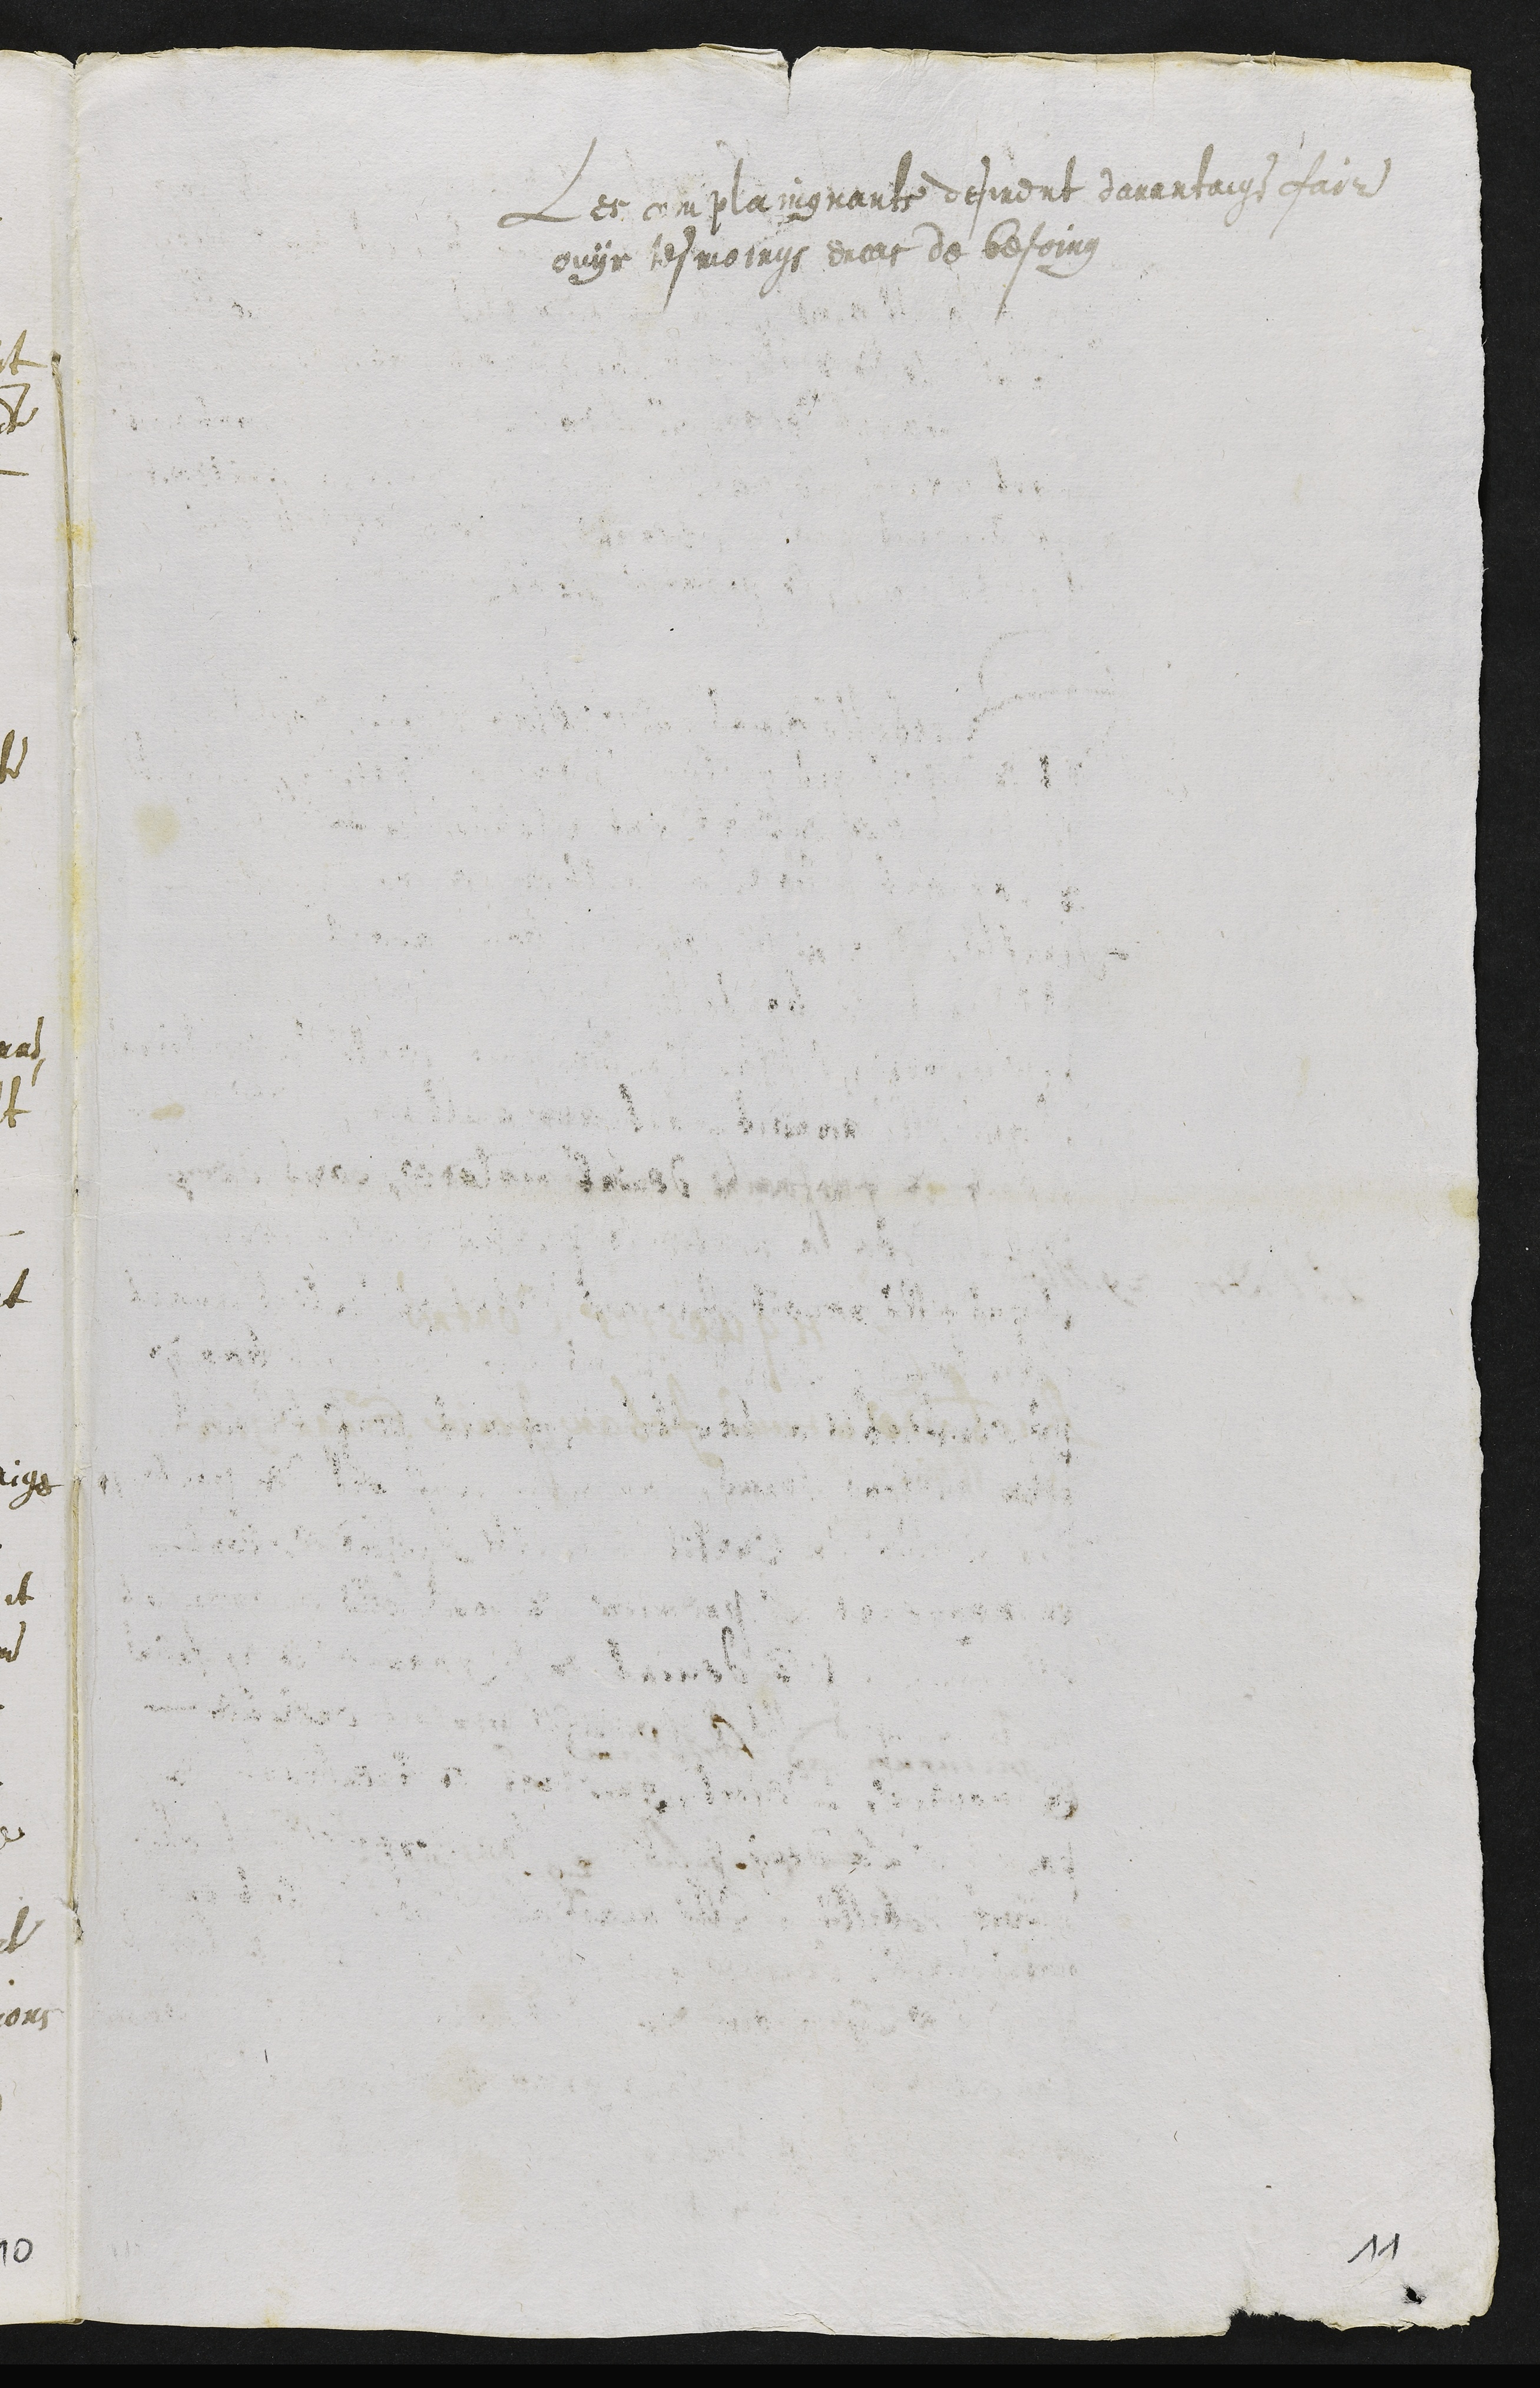
Les complaingnants desirent davantaige faire
ouyr tesmoings encas de besoing